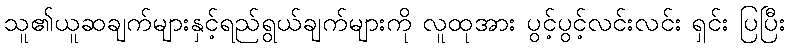
သူ၏ယူဆချက်များနှင့်ရည်ရွယ်ချက်များကို လူထုအား ပွင့်ပွင့်လင်းလင်း ရှင်း ပြပြီး